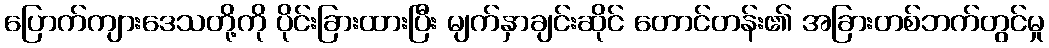
ပြောက်ကျားဒေသတို့ကို ပိုင်းခြားထားပြီး မျက်နှာချင်းဆိုင် တောင်တန်း၏ အခြားတစ်ဘက်တွင်မှု